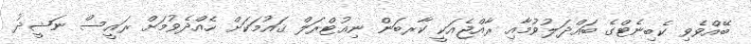
ބޭއްވެވި ކެބިނެޓްގެ ބައްދަލުވުމާއި ރާއްޖެއަކީ ކާރބަން ނިއުޓްރަލް ޤައުމަކަށް ހެއްދެވުމަށް ރައީސް ނަޝީދު